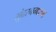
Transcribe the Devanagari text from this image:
सुंदरनमारुम